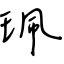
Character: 珮